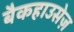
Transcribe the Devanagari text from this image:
बैकहाउसेज़